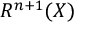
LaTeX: R ^ { n + 1 } ( X )